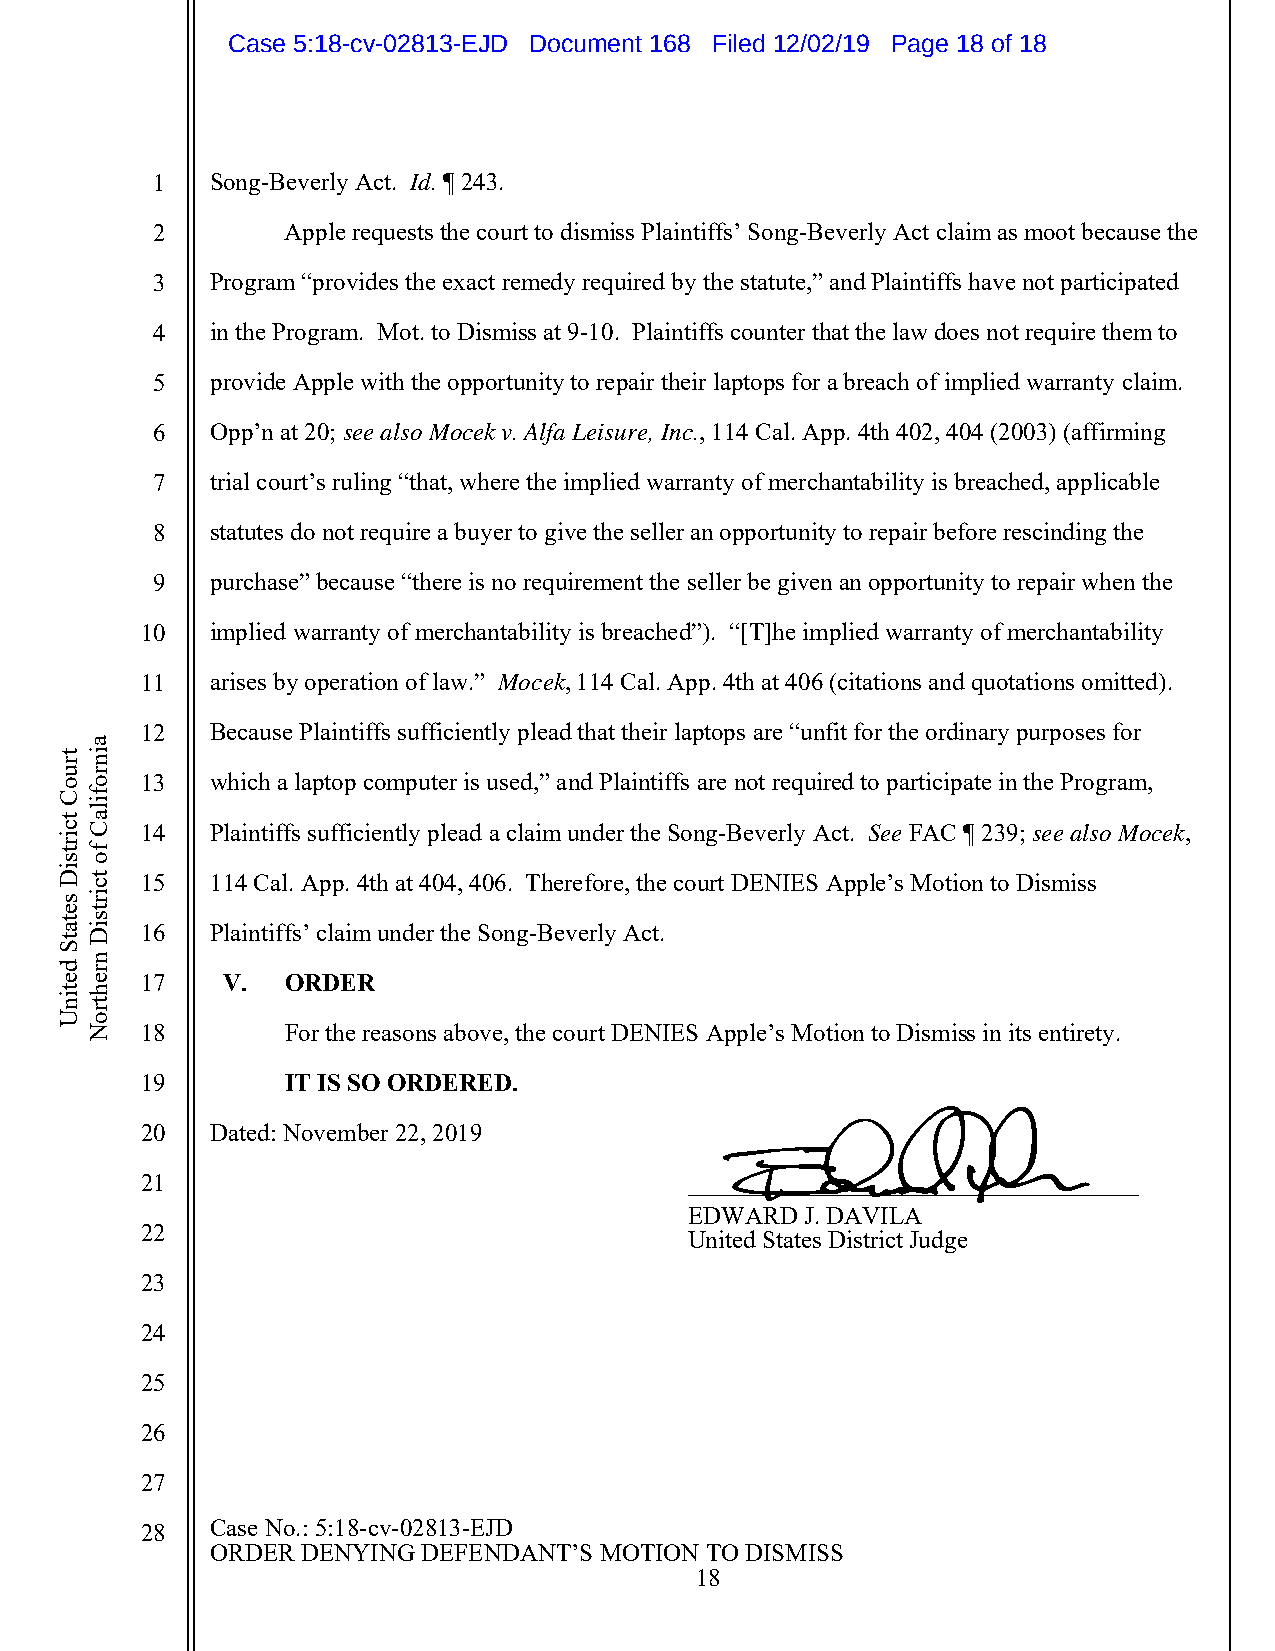
Case 5:18-cv-02813-EJD Document 168 Filed 12/02/19 Page 18 of 18
 1   Song-Beverly Act. Id. ¶ 243.
 2        Apple requests the court to dismiss Plaintiffs’ Song-Beverly Act claim as moot because the
 3   Program “provides the exact remedy required by the statute,” and Plaintiffs have not participated
 4   in the Program. Mot. to Dismiss at 9-10. Plaintiffs counter that the law does not require them to
 5   provide Apple with the opportunity to repair their laptops for a breach of implied warranty claim.
 6   Opp’n at 20; see also Mocek v. Alfa Leisure, Inc., 114 Cal. App. 4th 402, 404 (2003) (affirming
 7   trial court’s ruling “that, where the implied warranty of merchantability is breached, applicable
 8   statutes do not require a buyer to give the seller an opportunity to repair before rescinding the
 9   purchase” because “there is no requirement the seller be given an opportunity to repair when the
 10   implied warranty of merchantability is breached”). “[T]he implied warranty of merchantability
 11   arises by operation of law.” Mocek, 114 Cal. App. 4th at 406 (citations and quotations omitted).
 12   Because Plaintiffs sufficiently plead that their laptops are “unfit for the ordinary purposes for
 13   which a laptop computer is used,” and Plaintiffs are not required to participate in the Program,
 14   Plaintiffs sufficiently plead a claim under the Song-Beverly Act. See FAC ¶ 239; see also Mocek,
 15   114 Cal. App. 4th at 404, 406. Therefore, the court DENIES Apple’s Motion to Dismiss
 16   Plaintiffs’ claim under the Song-Beverly Act.
 17    V.  ORDER
 18        For the reasons above, the court DENIES Apple’s Motion to Dismiss in its entirety.
 19        IT IS SO ORDERED.
 20   Dated: November 22, 2019
 21                                   ____________________________________
 EDWARD J. DAVILA
 22                                   United States District Judge
 23
 24
 25
 26
 27
 28   Case No.: 5:18-cv-02813-EJD
 ORDER DENYING DEFENDANT’S MOTION TO DISMISS
 18
 truoC
 tcirtsiD
 setatS
 detinU
 ainrofilaC
 fo
 tcirtsiD
 nrehtroN